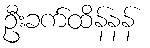
ဦးခက်ထိန်နန်